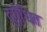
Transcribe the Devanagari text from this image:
दुर्गंधित